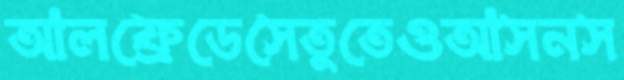
আলফ্রেডেসেতুতেওআসনস